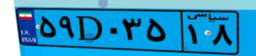
۵۹D۰۳۵۱۸